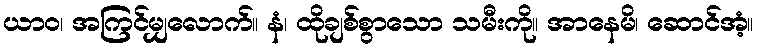
ယာဝ၊ အကြင်မျှလောက်။ နံ၊ ထိုချစ်စွာသော သမီးကို။ အာနေမိ၊ ဆောင်အံ့။